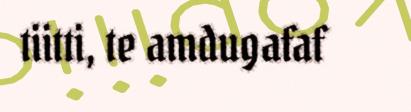
tiitti, te amdugafaf